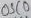
Text: OSC0